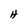
Character: H